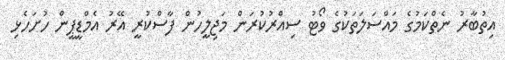
އިތުބާރު ނެތްކަމުގެ މައްސަލަތަކުގެ ވޯޓު ސިއްރުކުރަން މަޖިލީހުން ފާސްކުރީ އޭރު އެމްޑީޕީން ހުށަހެޅި